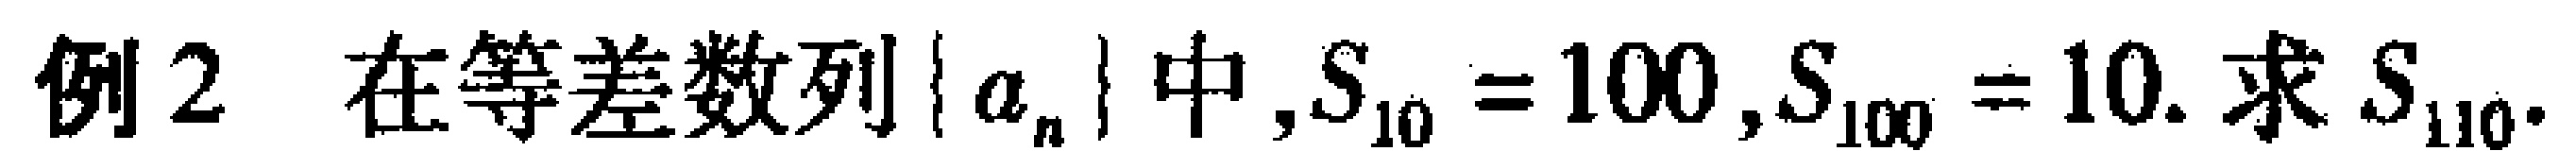
例2 在等差数列\(\{ a_{n}\}\)中,\(S_{10}=100\),\(S_{100}=10\). 求\(S_{110}\).